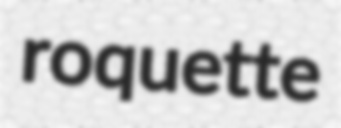
roquette